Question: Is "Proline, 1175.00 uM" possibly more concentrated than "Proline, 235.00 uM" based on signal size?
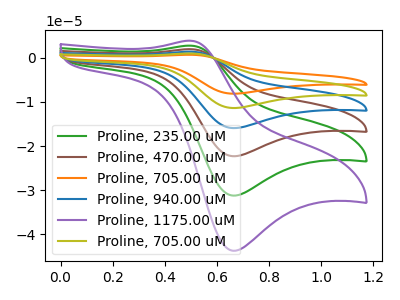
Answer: <think>The green curve "Proline, 235.00 uM" has an anodic peak at (0.50V, 2.80uA) and a cathodic peak at (0.65V, -31.25uA). The brown curve "Proline, 470.00 uM" has an anodic peak at (0.50V, 5.60uA) and a cathodic peak at (0.65V, -62.50uA). The orange curve "Proline, 705.00 uM" has an anodic peak at (0.50V, 13.95uA) and a cathodic peak at (0.65V, -156.30uA). The blue curve "Proline, 940.00 uM" has an anodic peak at (0.50V, 8.35uA) and a cathodic peak at (0.65V, -93.80uA). The purple curve "Proline, 1175.00 uM" has an anodic peak at (0.50V, 3.90uA) and a cathodic peak at (0.65V, -43.80uA). The olive curve "Proline, 705.00 uM" has an anodic peak at (0.50V, 11.15uA) and a cathodic peak at (0.65V, -125.05uA).
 All the peaks in "Proline, 1175.00 uM" have a peak in "Proline, 235.00 uM" at the same potential. Every peak in "Proline, 1175.00 uM" is higher than every peak in "Proline, 235.00 uM".</think>
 <answer>"Proline, 1175.00 uM" has more signal than "Proline, 235.00 uM".</answer>
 <eval>more_signal</eval>